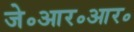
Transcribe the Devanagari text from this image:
जे॰आर॰आर॰